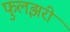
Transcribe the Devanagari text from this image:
फुलझरी